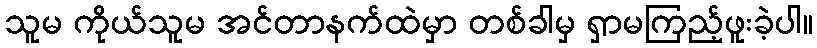
သူမ ကိုယ်သူမ အင်တာနက်ထဲမှာ တစ်ခါမှ ရှာမကြည့်ဖူးခဲ့ပါ။